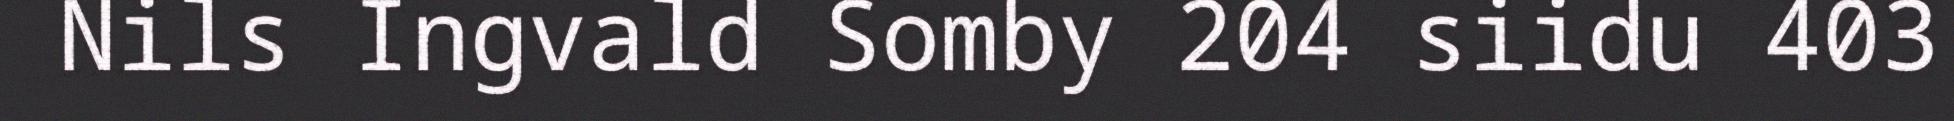
Nils Ingvald Somby 204 siidu 403